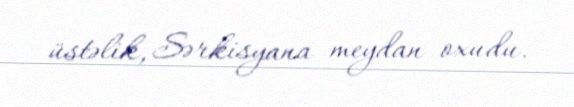
üstəlik, Sərkisyana meydan oxudu.